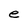
Character: e